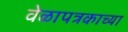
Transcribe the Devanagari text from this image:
वेळापत्रकाच्या